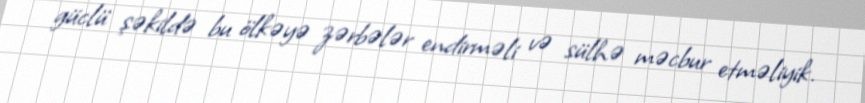
güclü şəkildə bu ölkəyə zərbələr endirməli və sülhə məcbur etməliyik.